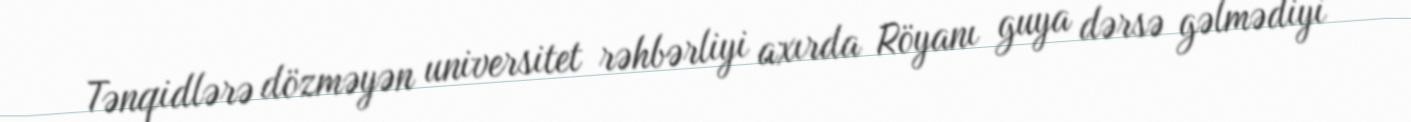
Tənqidlərə dözməyən universitet rəhbərliyi axırda Röyanı guya dərsə gəlmədiyi